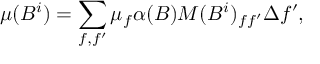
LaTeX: \mu ( B ^ { i } ) = \sum _ { f , f ^ { \prime } } \mu _ { f } \alpha ( B ) M ( B ^ { i } ) _ { f f ^ { \prime } } \Delta f ^ { \prime } ,